Civil Veterinary Dept. Bombay admin report 1923-31 - 1923-1931
Year: 1923
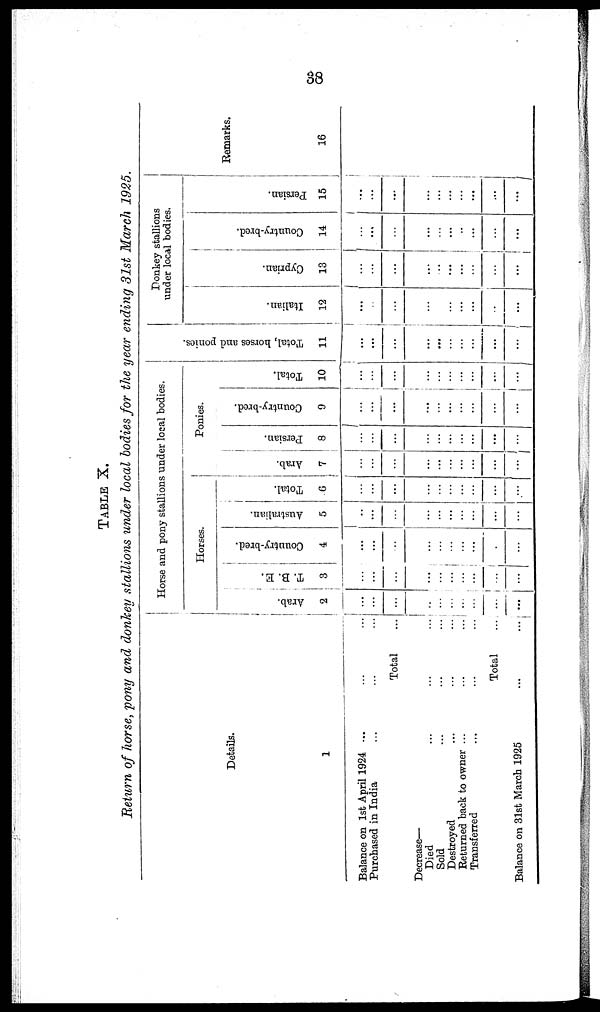
38
TABLE
X.
Return
of horse,
pony
and donkey
stallions
under
local
bodies
for the year
ending
31st March
1925.
Details.
1
Balance on 1st April 1924 ... ...
Purchased in India ... ...
Total
Decrease—
Died ... ...
Sold ... ...
Destroyed ... ...
Returned back to owner ... ...
Transferred ... ...
Total
Balance on 3l6t March 1925 ...
...
...
...
...
...
...
...
...
...
...
Horse and pony stallions under local bodies.
Horses.
Arab.
2
...
...
...
...
...
...
...
...
...
...
T. B. E.
3
...
...
...
...
...
...
...
...
...
...
Country-bred.
4
...
...
...
...
...
...
...
...
...
...
Australian.
5
...
...
...
...
...
...
...
...
...
...
Total.
6
...
...
...
...
...
...
...
...
...
...
Ponies.
Arab.
7
...
...
...
...
...
...
...
...
...
...
Persian.
8
...
...
...
...
...
...
...
...
...
...
Country-bred.
9
...
...
...
...
...
...
...
...
...
...
Total.
10
...
...
...
...
...
...
...
...
...
...
Tot al , hor ses and ponies.
11
...
...
...
...
...
...
...
...
...
...
Donkey stallions
under local bodies.
Italian.
12
...
...
...
...
...
...
...
...
...
...
Cyprian.
13
...
...
...
...
...
...
...
...
...
...
Country-bred.
14
...
...
...
...
...
...
...
...
...
...
Persian.
15
...
...
...
...
...
...
...
...
...
...
Remarks.
16